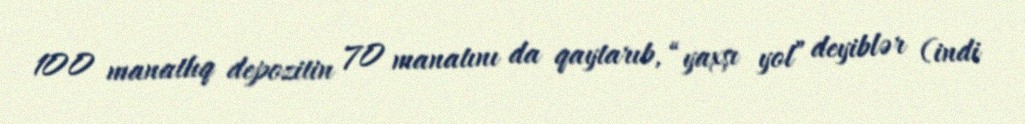
100 manatlıq depozitin 70 manatını da qaytarıb, “yaxşı yol” deyiblər (indi